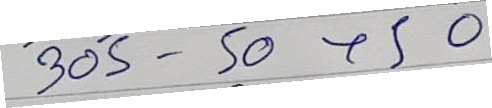
305 - 50x50